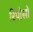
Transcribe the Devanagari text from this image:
रिपोसो